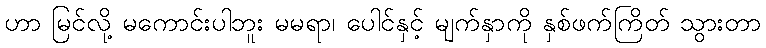
ဟာ မြင်လို့ မကောင်းပါဘူး မမရာ၊ ပေါင်နှင့် မျက်နှာကို နှစ်ဖက်ကြိတ် သွားတာ